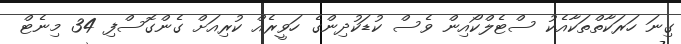
ގިނަ ހަރަކާތްތަކާއެކު ސްޓެލްކޯއިން ވެސް ކުޑަކުދިންގެ ހަވީރެއް ކުރިއަށް ގެންގޮސްފި 34 މިނެޓް